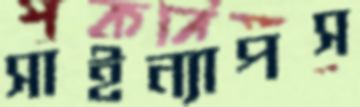
সাইন্যাপস